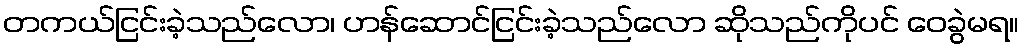
တကယ်ငြင်းခဲ့သည်လော၊ ဟန်ဆောင်ငြင်းခဲ့သည်လော ဆိုသည်ကိုပင် ဝေခွဲမရ။